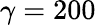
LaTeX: \gamma=200